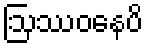
ဩဿဝနေပိ